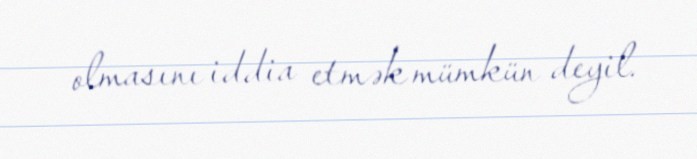
olmasını iddia etmək mümkün deyil.